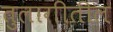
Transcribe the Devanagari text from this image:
तुलागीतील